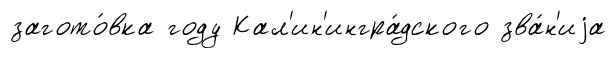
загото́вка году Кал'ин'ингра́дского зва́н'иjа